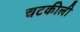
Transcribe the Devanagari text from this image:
चटकीली